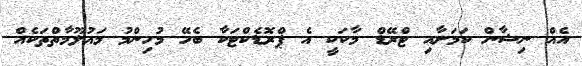
އެއް ނިޝާން ކަމަށާއި ޓްރޭޑް މާކަކީ އެ ޕްރޮޑެކްޓަކާ ބެހޭ މުހިންމު މައުލޫމާތްތަކެއް